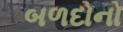
બળદોનો